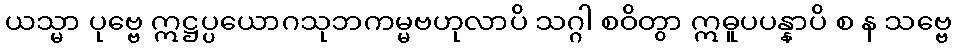
ယသ္မာ ပုဗ္ဗေ ဣဋ္ဌပ္ပယောဂသုဘကမ္မဗဟုလာပိ သဂ္ဂါ စဝိတွာ ဣဓူပပန္နာပိ စ န သဗ္ဗေ